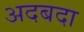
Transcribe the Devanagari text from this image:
अदबदा